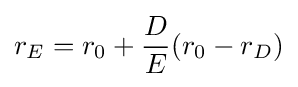
r_{E}=r_{0}+{\frac {D}{E}}(r_{0}-r_{D})